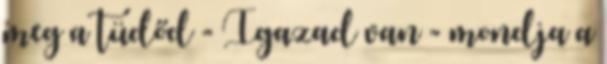
meg a tüdőd - Igazad van - mondja a